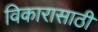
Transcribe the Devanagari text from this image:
विकारासाठी